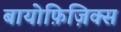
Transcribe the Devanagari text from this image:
बायोफ़िज़िक्स